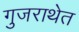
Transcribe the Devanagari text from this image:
गुजराथेत